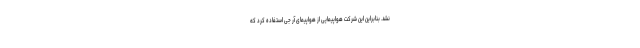
نشد. بنابراین این شرکت هواپیمایی از هواپیمای آر جی استفاده کرد که